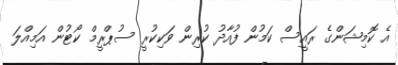
އެ ކޮމިޝަންގެ ރައީސް ކަމުން ފުއާދު ކުރިން ވަކިކުރީ ސުޕްރީމް ކޯޓުން އަމިއްލަ